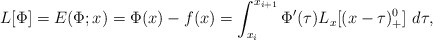
\begin{align*} L[\Phi]=E(\Phi;x)=\Phi(x)-f(x)=\int_{x_i}^{x_{i+1}}\Phi'(\tau)L_{x}[(x-\tau)^0_{+}]~d\tau,\end{align*}